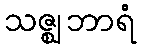
သဇ္ဈဘာရံ